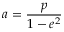
a = { \frac { p } { 1 - e ^ { 2 } } }